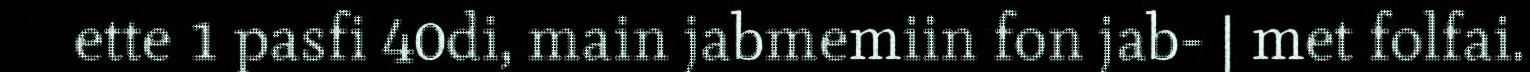
ette 1 pasfi 40di, main jabmemiin fon jab- | met folfai.